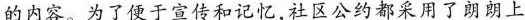
的内容。为了便于宣传和记忆,社区公约都采用了朗朗上